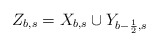
\begin{align*} Z_{b,s}=X_{b,s}\cup Y_{b-\frac{1}{2},s}\end{align*}